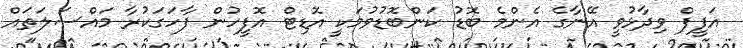
އަފީފް ވިދާޅުވީ އޭނާގެ އެންމެ ބޮޑު ކަންބޮޑުވުމަކީ އޮޑިޓް އޮފީހުން ފާހަގަކުރާ މައްސަލަތައް